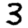
Digit: 3